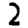
Digit: 2